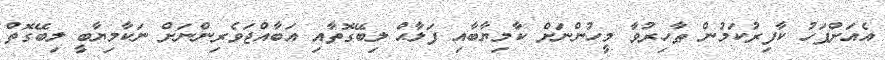
އެއަށްފަހު ކާފިރުކަމުން ޠާހިރުވާ މީހުންނަށް ކާމިޔާބާއި ފަލާޙް ލިބޭގޮތާއި އަބާއްޖަވެރިންނަށް ނަކާމިޔާބީ ލިބޭގޮތް